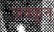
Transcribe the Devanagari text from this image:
ज़क्कून्